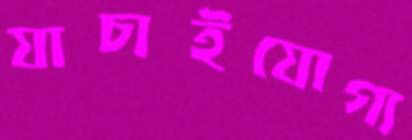
যাচাইযোগ্য